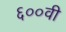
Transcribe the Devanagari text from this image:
६००वी